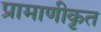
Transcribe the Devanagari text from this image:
प्रामाणीकृत